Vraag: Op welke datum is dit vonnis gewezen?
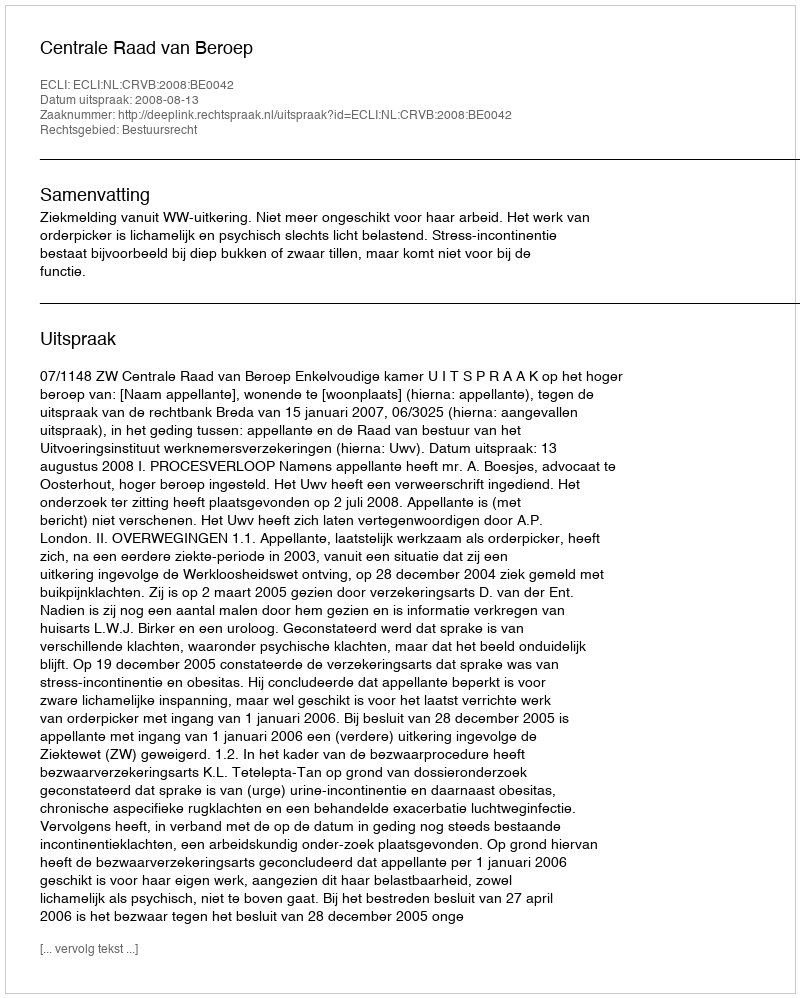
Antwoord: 2008-08-13